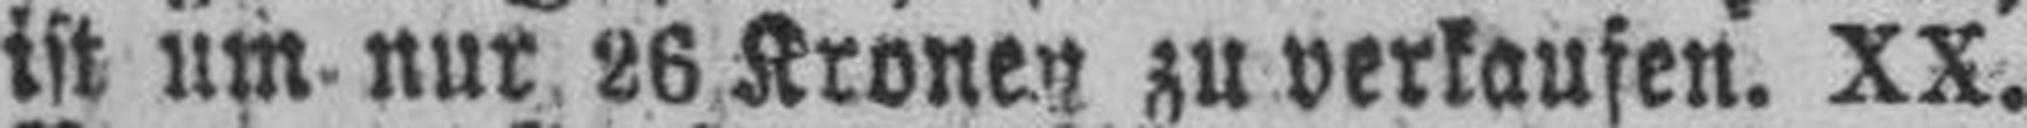
ist um nur 26 Kronen zu verkaufen. XX.